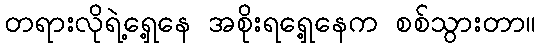
တရားလိုရဲ့ရှေ့နေ အစိုးရရှေ့နေက စစ်သွားတာ။